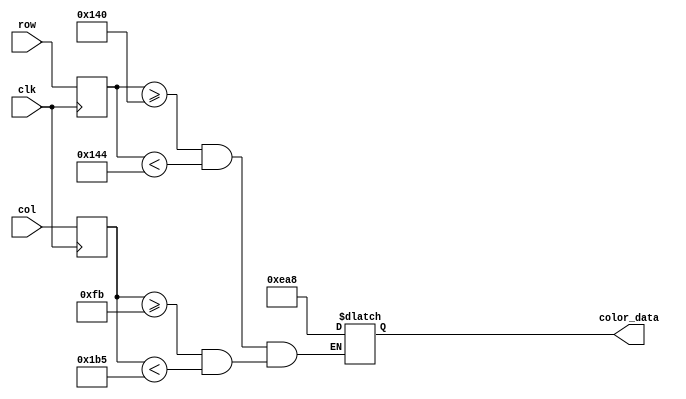
`timescale 1ns / 1ps
//////////////////////////////////////////////////////////////////////////////////
// Company: 
// Engineer: 
// 
// Design Name: 
// Module Name: moveable_bar_rom
// Project Name: 
// Target Devices: 
// Tool Versions: 
// Description: 
// 
// Dependencies: 
// 
// Revision:
// Revision 0.01 - File Created
// Additional Comments:
// 
//////////////////////////////////////////////////////////////////////////////////


module moveable_bar_rom(
    input wire clk,
	input wire [9:0] row,
	input wire [9:0] col,
	output reg [11:0] color_data
    );
    (* rom_style = "block" *)
    
    reg [9:0] x;
	reg [9:0] y;
	
	parameter top_left_x = 320;
	parameter top_left_y = 251;
	parameter bot_right_x = top_left_x + 4;
	parameter bot_right_y = top_left_y + 186;

	always @(posedge clk)
		begin
		x <= row;
		y <= col;
		end
	always @*
	   begin
	       if ((x>=top_left_x && x<bot_right_x) && (y>=top_left_y && y<bot_right_y))
	           color_data = 12'b111010101000;
	   end
endmodule